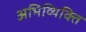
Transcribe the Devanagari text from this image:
अभिव्यिक्ति